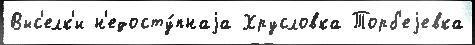
Выс'елк'и н'едосту́пнаjа Хрусловка Торб'еjевка